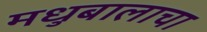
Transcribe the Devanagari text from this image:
मधुबालाचा